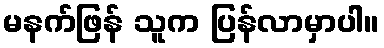
မနက်ဖြန် သူက ပြန်လာမှာပါ။